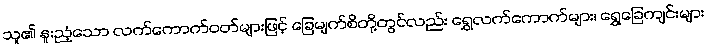
သူ၏ နူးညံ့သော လက်ကောက်ဝတ်များဖြင့် ခြေမျက်စိတို့တွင်လည်း ရွှေလက်ကောက်များ၊ ရွှေခြေကျင်းများ